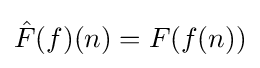
{\hat {F}}(f)(n)=F(f(n))